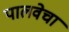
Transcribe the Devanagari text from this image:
पालवेचा